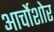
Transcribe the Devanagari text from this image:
आर्चोशोर